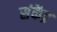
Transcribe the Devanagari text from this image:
संकेंद्र